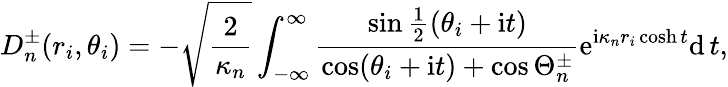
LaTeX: D_{n}^{\pm}(r_{i},\theta_{i})=-\sqrt{\frac{2}{\kappa_{n}}}\int_{-\infty}^{\infty}\frac{\sin\frac{1}{2}(\theta_{i}+\mathrm{i}t)}{\cos(\theta_{i}+\mathrm{i}t)+\cos\Theta_{n}^{\pm}}\mathrm{e}^{\mathrm{i}\kappa_{n}r_{i}\cosh t}\mathrm{d}\, t,